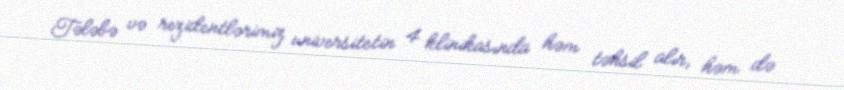
Tələbə və rezidentlərimiz universitetin 4 klinikasında həm təhsil alır, həm də